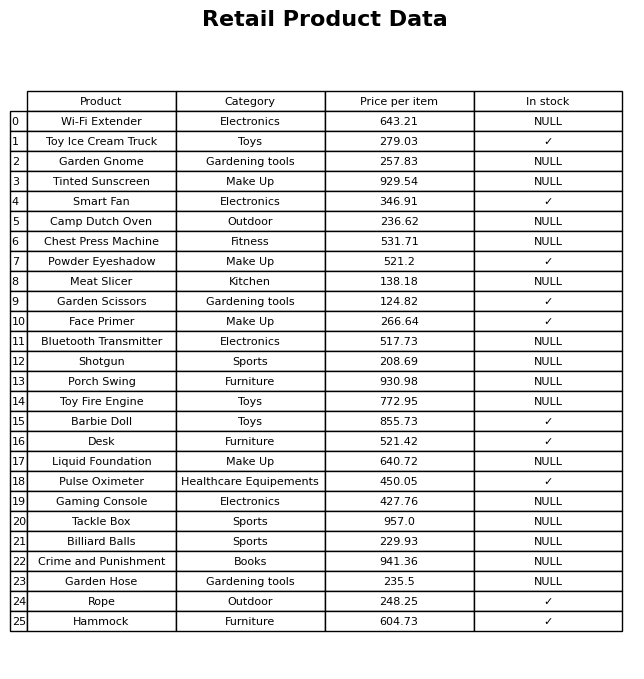
question: What is the price of the Toy Ice Cream Truck?
answer: The price of Toy Ice Cream Truck is 279.03.